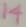
Text: 14